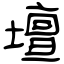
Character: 壇